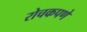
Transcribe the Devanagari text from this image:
रोचकपणे